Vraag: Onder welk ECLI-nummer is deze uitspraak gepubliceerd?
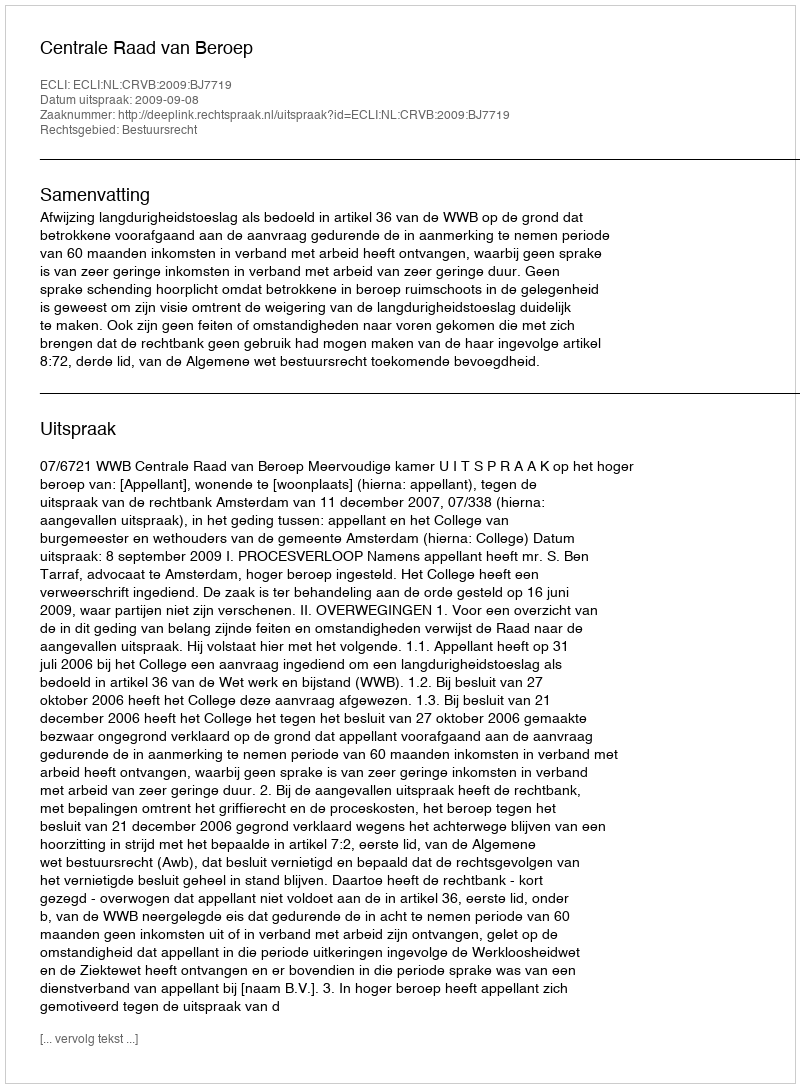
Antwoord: ECLI:NL:CRVB:2009:BJ7719